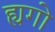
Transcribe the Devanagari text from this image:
ह्यगो